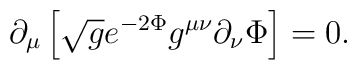
\partial_{\mu} \left[ \sqrt{g} e^{-2 \Phi} g^{\mu \nu} \partial_{\nu} \Phi \right]=0.